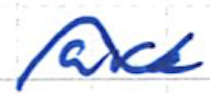
Text: are
Cross-out: wave
Writing tool: ballpoint